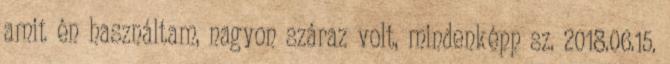
amit én használtam, nagyon száraz volt, mindenképp sz. 2018.06.15.